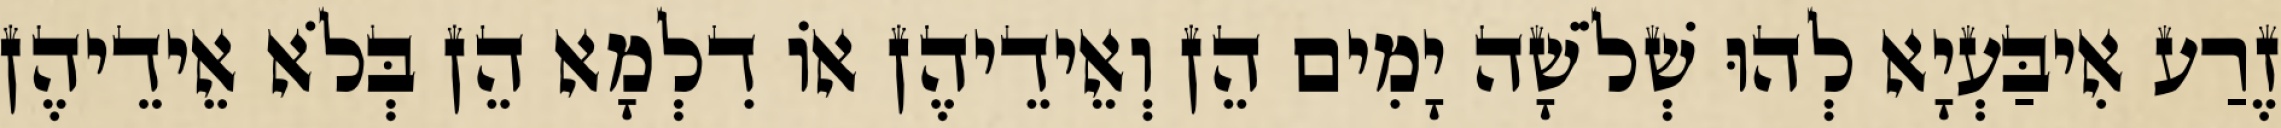
זֶרַע אִיבַּעְיָא לְהוּ שְׁלֹשָׁה יָמִים הֵן וְאֵידֵיהֶן אוֹ דִלְמָא הֵן בְּלֹא אֵידֵיהֶן